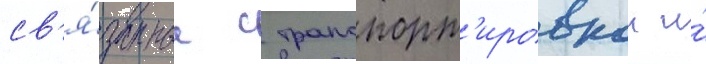
св'я́занные с транспорт'ировкои и́